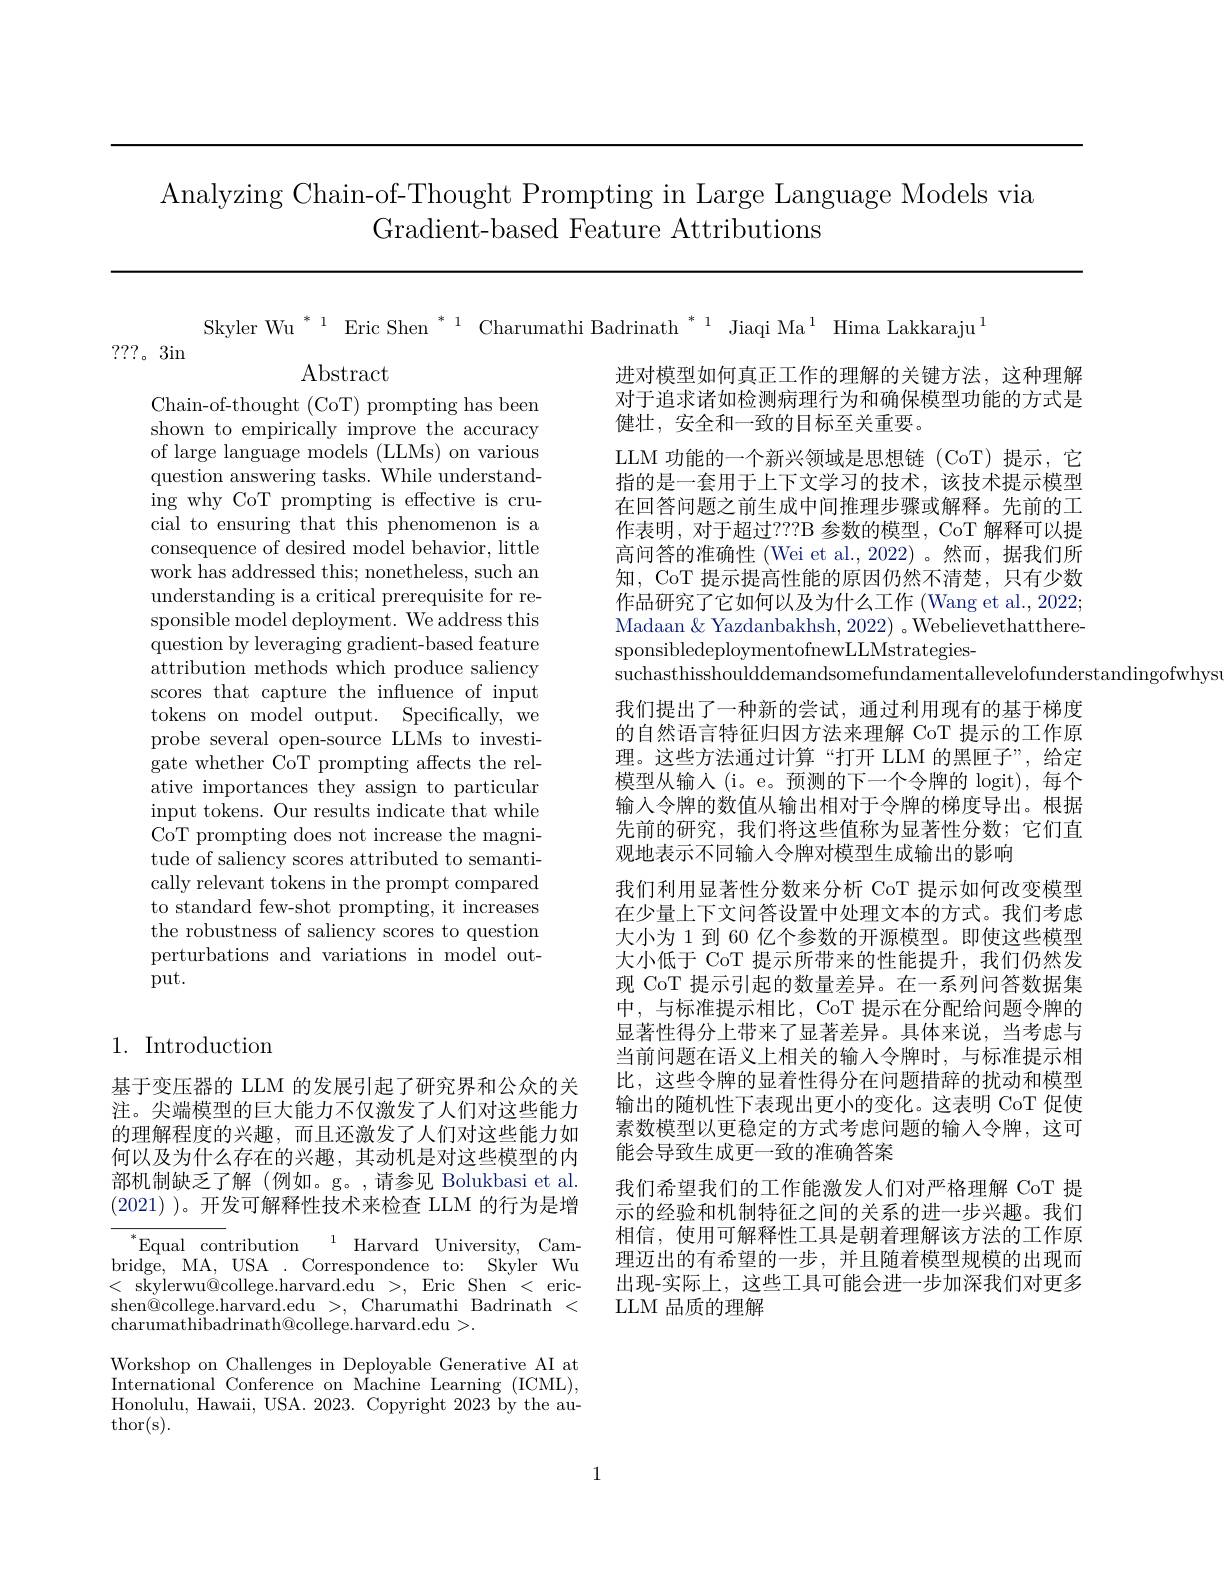
Analyzing Chain-of-Thought Prompting in Large Language Models via
Gradient-based Feature Attributions

???。3in

Abstract

Chain-of-thought (CoT) prompting has been shown to empirically improve the accuracy of large language models (LLMs) on various question answering tasks. While understanding why CoT prompting is effective is crucial to ensuring that this phenomenon is a consequence of desired model behavior, little work has addressed this; nonetheless, such an understanding is a critical prerequisite for responsible model deployment. We address this question by leveraging gradient-based feature attribution methods which produce saliency scores that capture the influence of input tokens on model output. Specifically, we probe several open-source LLMs to investigate whether CoT prompting affects the relative importances they assign to particular input tokens. Our results indicate that while CoT prompting does not increase the magnitude of saliency scores attributed to semantically relevant tokens in the prompt compared to standard few-shot prompting, it increases the robustness of saliency scores to question perturbations and variations in model output.

# 1. Introduction

基于变压器的 LLM 的发展引起了研究界和公众的关注。尖端模型的巨大能力不仅激发了人们对这些能力的理解程度的兴趣，而且还激发了人们对这些能力如何以及为什么存在的兴趣，其动机是对这些模型的内部机制缺乏了解(例如。g。,请参见 Bolukbasi et al. (2021) )。开发可解释性技术来检查 LLM 的行为是增

${^{* }\text{Equal contribution}}$ ${^{1}}$ Harvard University, Cambridge, MA, USA . Correspondence to: Skyler Wu <skylerwu@college.harvard.edu>,Eric Shen<ericshen$\overset{\textcircled{9}}$college.harvard.edu >, Charumathi Badrinath < charumathibadrinath@college.harvard.edu >.
Workshop on Challenges in Deployable Generative AI at International Conference on Machine Learning (ICML), Honolulu, Hawaii, USA. 2023. Copyright 2023 by the author( s) .

Skyler Wu $^{*1}$ Eric Shen $^{*1}$ Charumathi Badrinath $^{*1}$ Jiaqi Ma$^{1}$ Hima Lakkaraju$^{1}$
进对模型如何真正工作的理解的关键方法，这种理解对于追求诸如检测病理行为和确保模型功能的方式是健壮，安全和一致的目标至关重要。
LLM 功能的一个新兴领域是思想链 (CoT) 提示，它指的是一套用于上下文学习的技术，该技术提示模型在回答问题之前生成中间推理步骤或解释。先前的工作表明，对于超过？??B 参数的模型，CoT 解释可以提高问答的准确性 (Wei et al.,2022)。然而，据我们所知，CoT 提示提高性能的原因仍然不清楚，只有少数作品研究了它如何以及为什么工作 (Wang et al., 2022; Madaan& Yazdanbakhsh, 2022) 。WebelievethattheresponsibledeploymentofnewLLMstrategies-
suchasthisshoulddemandsomefundamentallevelofunderstandingofwhys
我们提出了一种新的尝试，通过利用现有的基于梯度的自然语言特征归因方法来理解 CoT 提示的工作原理。这些方法通过计算“打开 LLM 的黑匣子”,给定模型从输入 (i。e。预测的下一个令牌的 logit), 每个输入令牌的数值从输出相对于令牌的梯度导出。根据先前的研究，我们将这些值称为显著性分数；它们直观地表示不同输入令牌对模型生成输出的影响
我们利用显著性分数来分析 CoT 提示如何改变模型在少量上下文问答设置中处理文本的方式。我们考虑大小为 1 到 60 亿个参数的开源模型。即使这些模型大小低于 CoT 提示所带来的性能提升，我们仍然发现 CoT 提示引起的数量差异。在一系列问答数据集中，与标准提示相比，CoT 提示在分配给问题令牌的显著性得分上带来了显著差异。具体来说，当考虑与当前问题在语义上相关的输入令牌时，与标准提示相比，这些令牌的显着性得分在问题措辞的扰动和模型输出的随机性下表现出更小的变化。这表明 CoT 促使素数模型以更稳定的方式考虑问题的输入令牌，这可能会导致生成更一致的准确答案
我们希望我们的工作能激发人们对严格理解 CoT 提示的经验和机制特征之间的关系的进一步兴趣。我们相信，使用可解释性工具是朝着理解该方法的工作原理迈出的有希望的一步，并且随着模型规模的出现而出现-实际上，这些工具可能会进一步加深我们对更多LLM 品质的理解

1